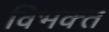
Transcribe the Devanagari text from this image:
विभक्‍त